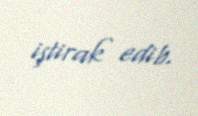
iştirak edib.